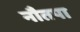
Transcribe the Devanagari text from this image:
नौतपा